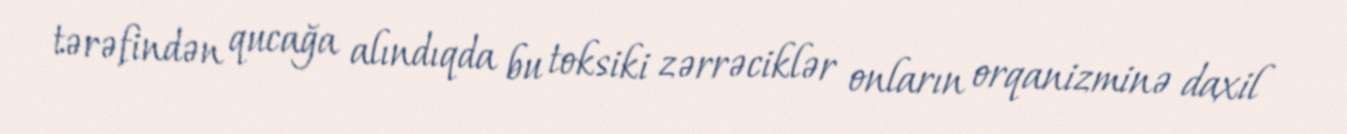
tərəfindən qucağa alındıqda bu toksiki zərrəciklər onların orqanizminə daxil